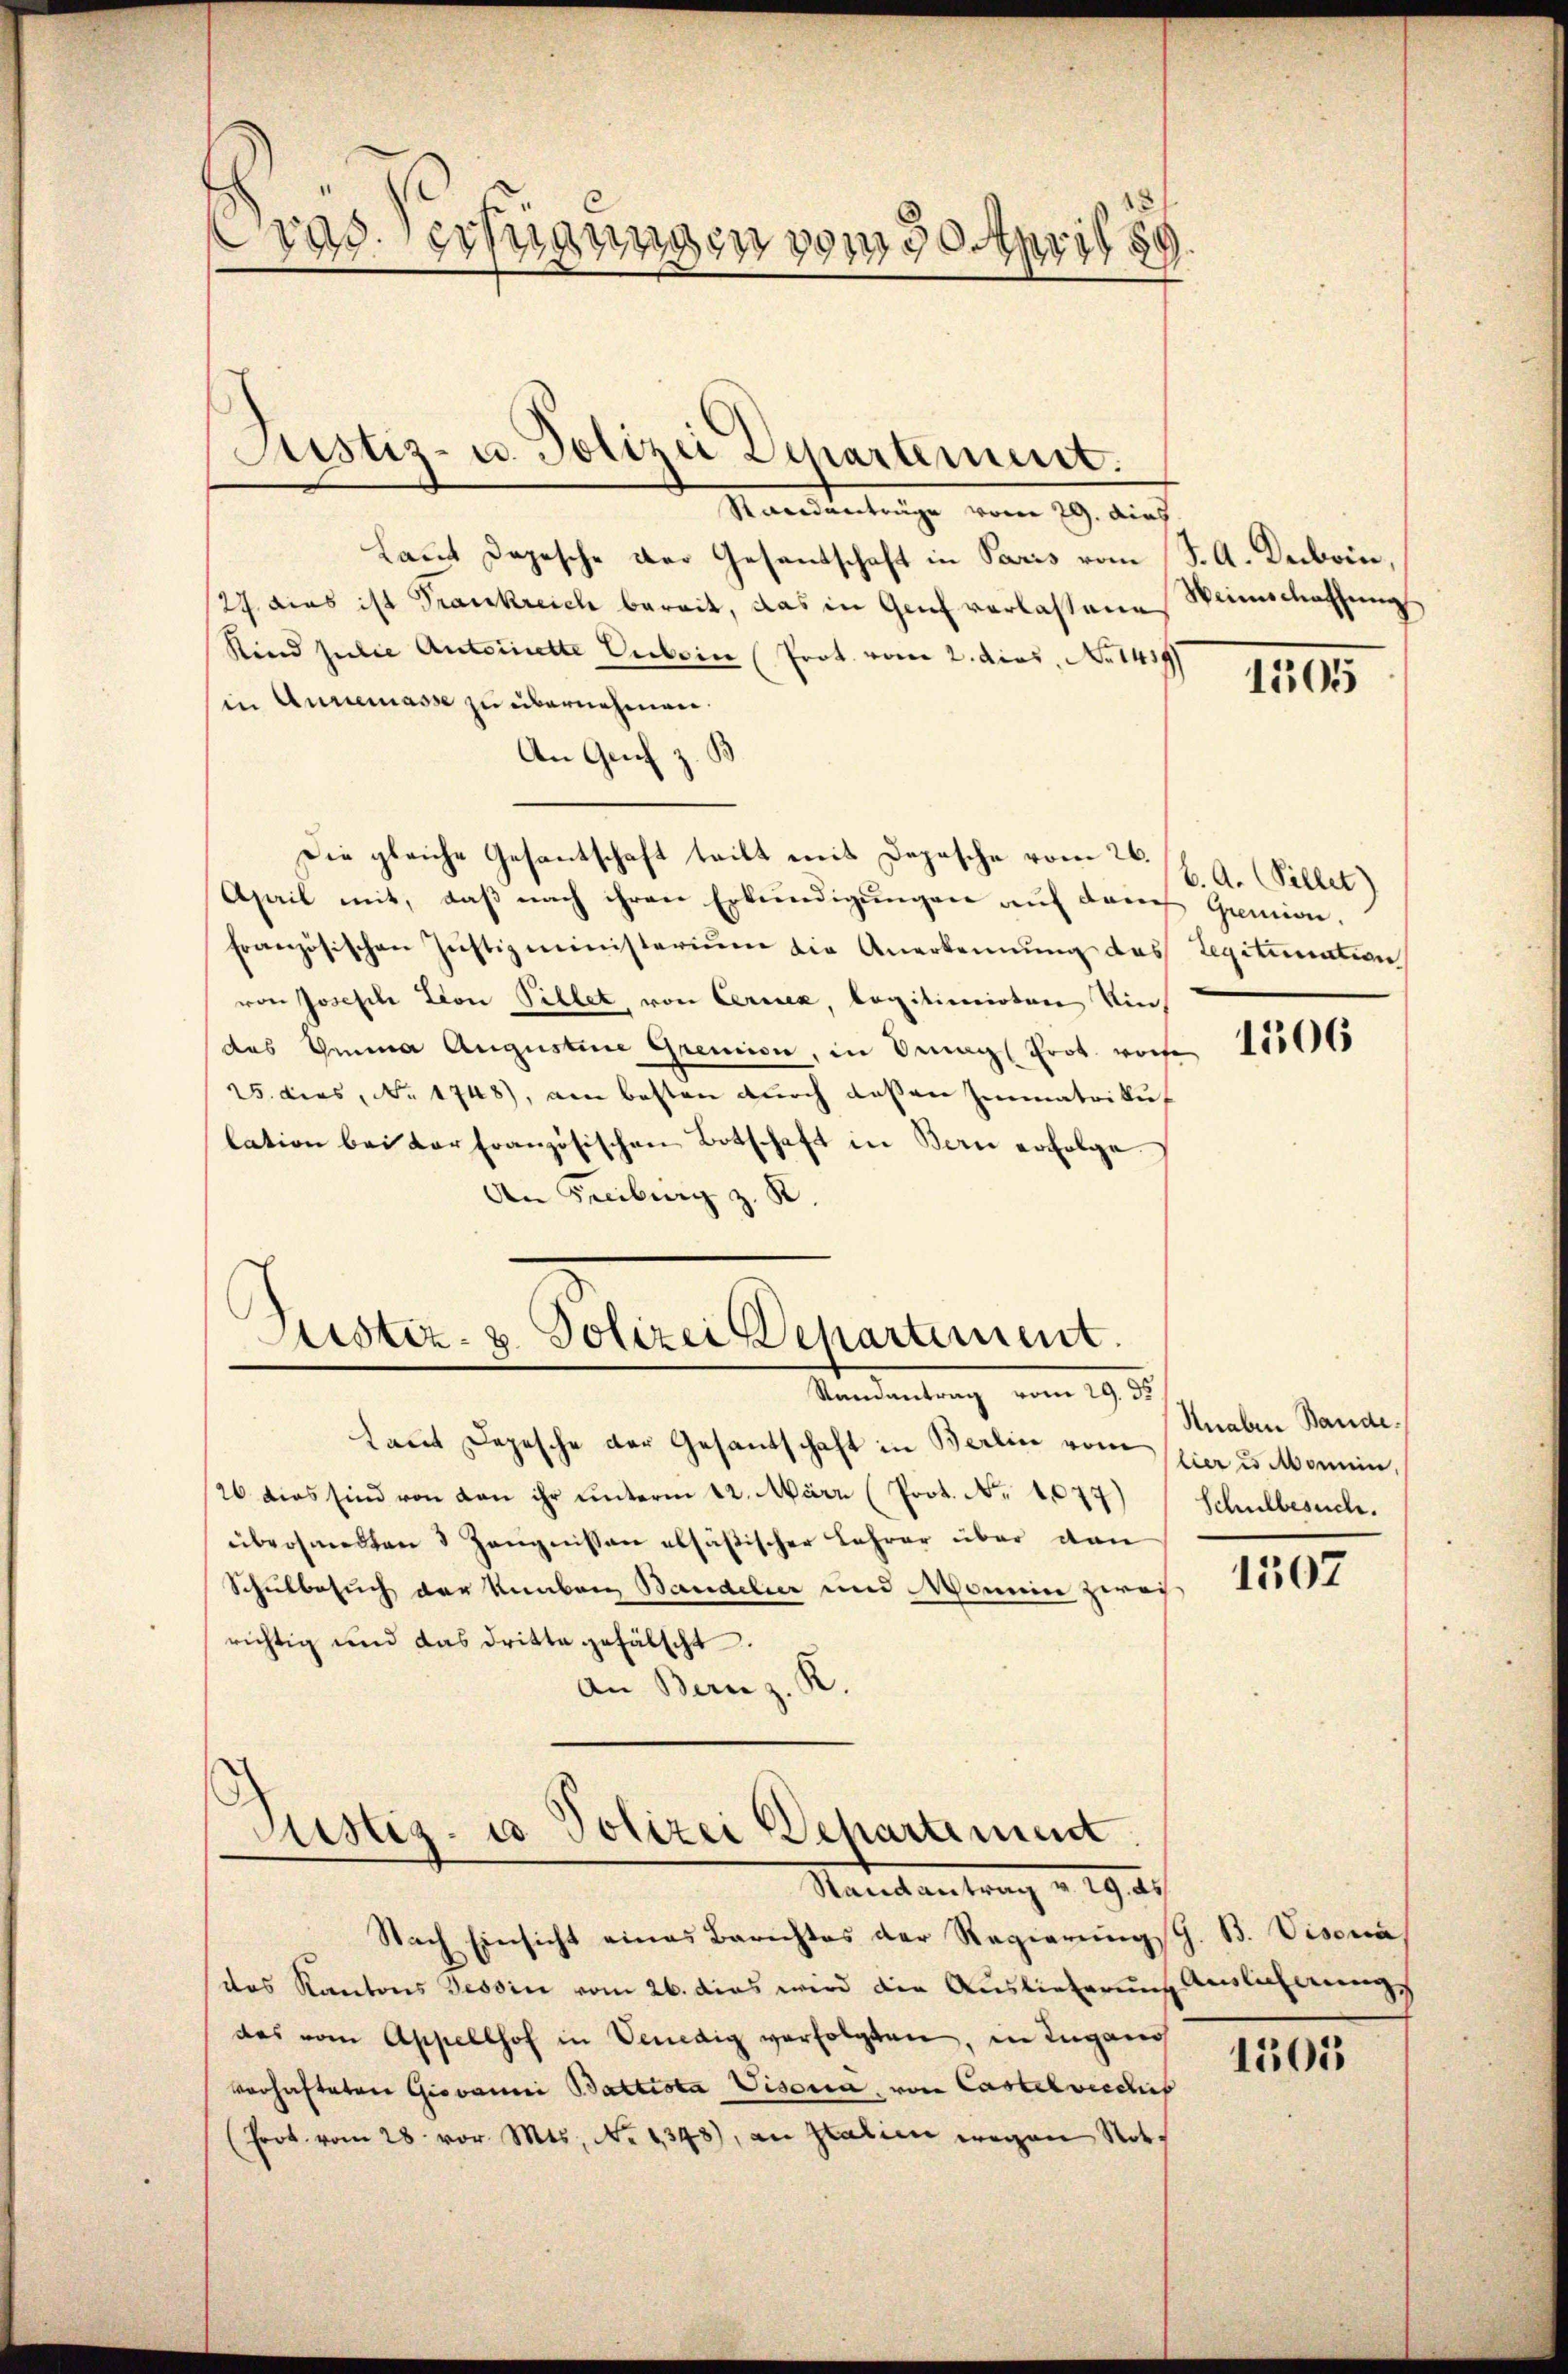
.
Crad. Verfügungen vom 30 April 189

Namentage vom 19. auch
Laut Depesche der Gesandschaft in Paris vom K. A. Decbrin,
27. dies ist Trankreich bereit, das in Genf verlassene Weinschaffung
Sind julie Antritte Erbein (Prot. vom 2. dies, No 1419
in Anremasse zu übernehmen.
An Geich z.
Die gleiche Gesantschaft teilt mit Depesche vom 26.
Apail mit, daß nach ihren Erkundigungen auf dem Gemion.
französischen Jŭstizministerium die Anerkennung das Legitimation
von Joseph Lon Pillet, von Ceresex, legitimirten Windas Gema Augustine Gremion, in mag Prot. worfe
25. dies, No 1748), am besten durch deßen Immatrikul
lation bei der französischen Botschaft in Bern erfolge
z
An Freiburg z. R.

Justiz- u. Polizei Departement.

Justiz- & Polizei Departement.
Randantrag vom 29. 35

Justiz- u Polizei Departement
Randantrag v. 192.

tant Depesche der Gesandtschaft in Berlin vom hier u. Mannin,
26 dies sind von den ihr unterm 12. März (Prot. No 1077)
übersandten 3 Zeugnissen alsäßischer Lehrer über dan
Schulbesuch der Kunbarg Bandeler und Monein zwei
richtig und das dritte gefälscht.
an Bern z. R.

Nach Einsicht eines Berichtes der Regierŭngsch. B. Visena
das Kantons Tessin vom 26. dies wird die Auslieferung einlicherungs
das vom Appellhof in Venedig verfolgten, in Lugano
verhafteten Giovanni Battista Visoria, von Castelverdies
(Frot. vom 28. vor. Mts. No 1343), an Italien wegen Not.

1505

6. A. (Pillet)

1506

Knaben Bande.
Schulbesuch.

1507

1501